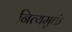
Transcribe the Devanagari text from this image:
नित्यमुक्तं